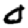
Digit: 0